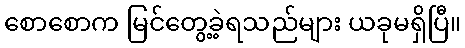
စောစောက မြင်တွေ့ခဲ့ရသည်များ ယခုမရှိပြီ။